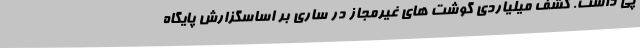
پی داشت. کشف میلیاردی گوشت های غیرمجاز در ساری بر اساسگزارش پایگاه